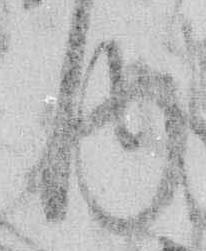
内